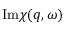
\mathrm { I m } \chi ( \boldsymbol { q } , \omega )